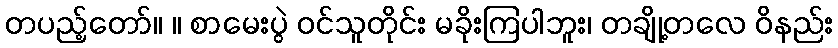
တပည့်တော်။ ။ စာမေးပွဲ ဝင်သူတိုင်း မခိုးကြပါဘူး၊ တချို့တလေ ဝိနည်း